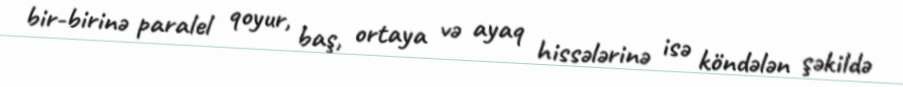
bir-birinə paralel qoyur, baş, ortaya və ayaq hissələrinə isə köndələn şəkildə